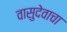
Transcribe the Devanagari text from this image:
वासुदेवाचा